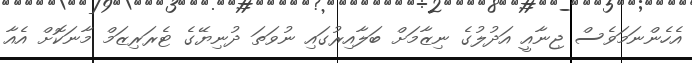
އެހެންނަމަވެސް ޖިނާއީ އަދުލުގެ ނިޒާމަށް ބަލާއިރުގައި ނުވަތަ ދުނިޔޭގެ ޓެރަރިޒަމް މާނަކޮށް އެއާ